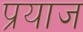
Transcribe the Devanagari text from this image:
प्रयाज